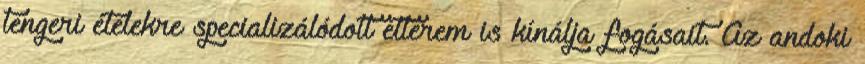
tengeri ételekre specializálódott étterem is kínálja fogásait. Az andoki